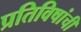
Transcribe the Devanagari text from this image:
प्रतिविषांची